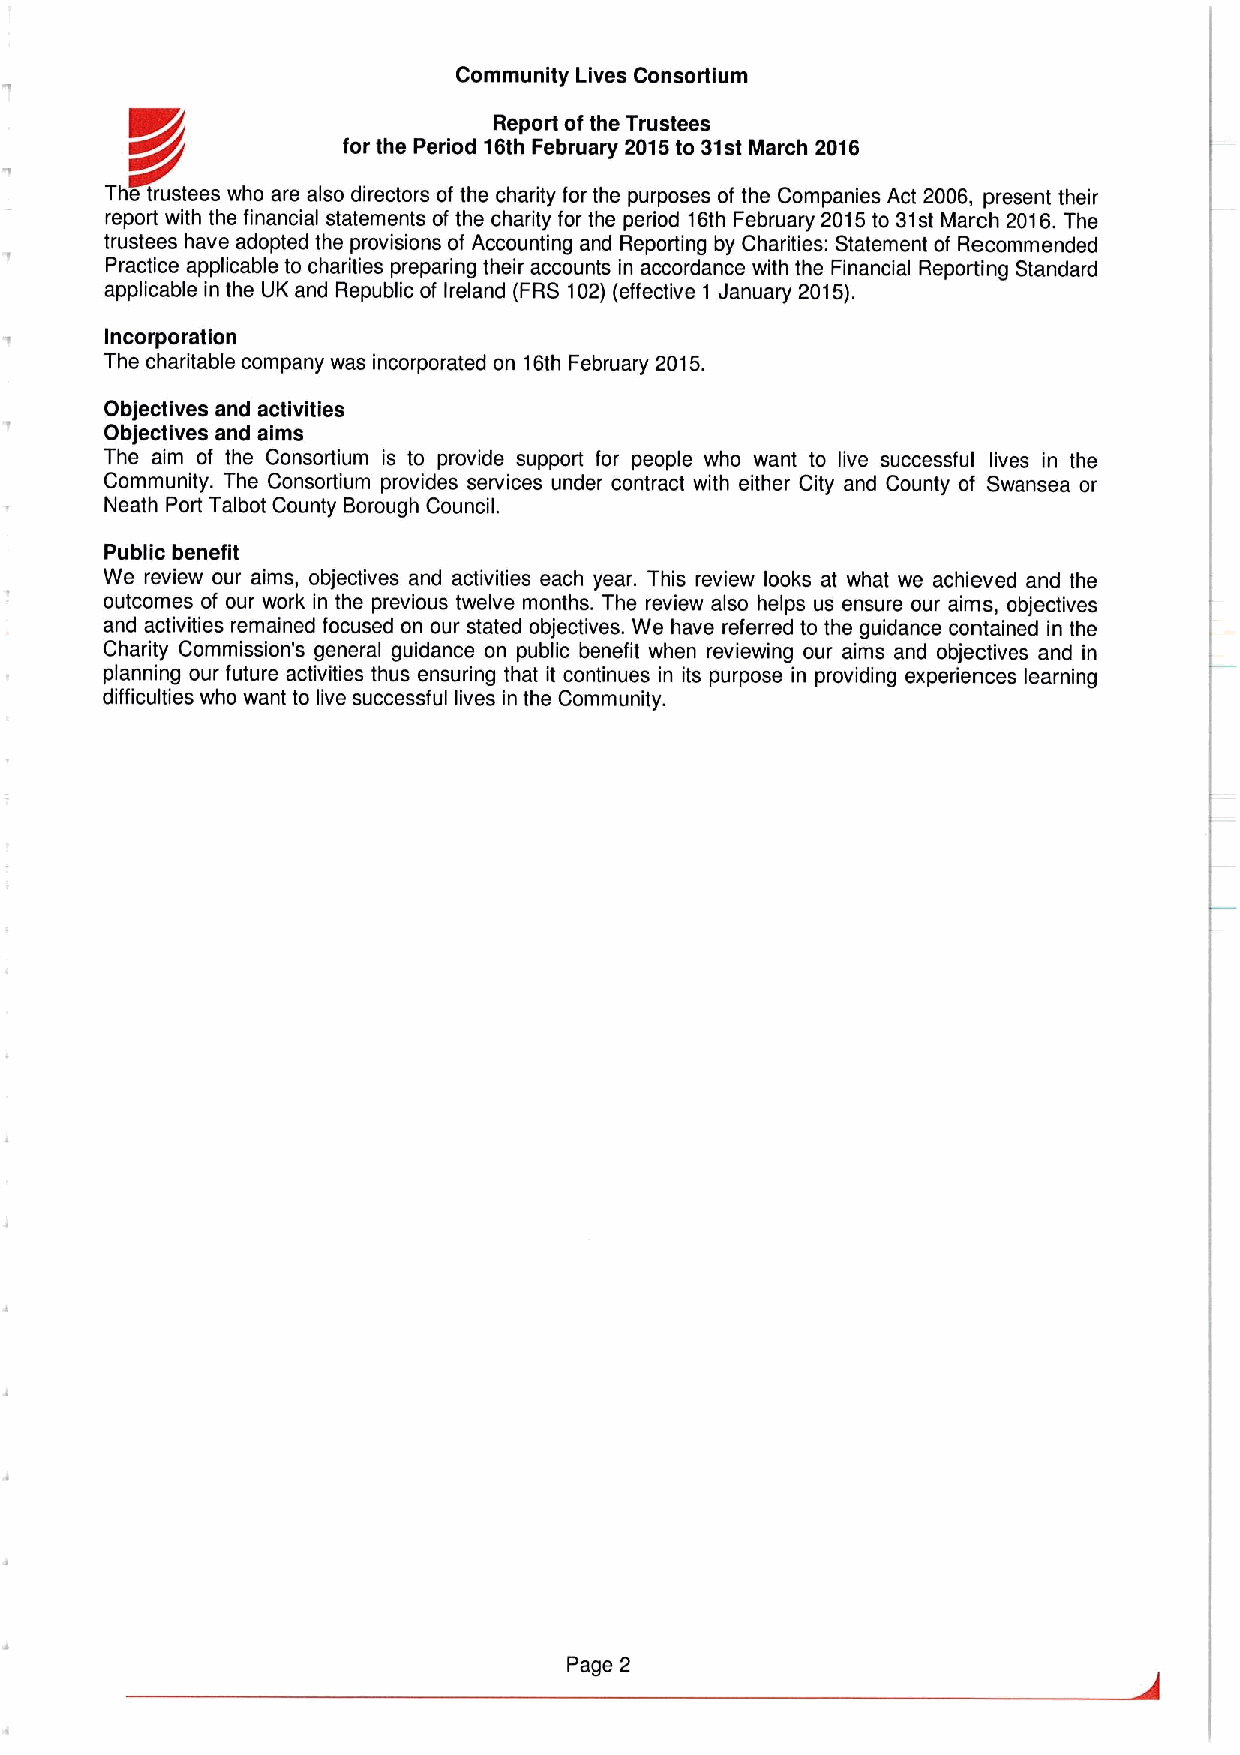
Community Lives Consortium
 Report ofthe Trustees
 g~g            for the Period 16th February 2015to 31st March 2016
 The trustees who are also directors of the charity for the purposes of the Companies Act 2006, present their
 report with the financial statements of the charity for the period 16th February 2015to 31st March 2016.The
 trustees have adopted the provisions of Accounting and Reporting by Charities: Statement of Recommended
 Practice applicable to charities preparing their accounts in accordance with the Financial Reporting Standard
 applicable in the UK and Republic of Ireland (FRS 102)(effective 1 January 2015).
 Incorporation
 The charitable company was incorporated on 16th February 2015.
 Objectives and activities
 Objectives and aims
 The aim of the Consortium is to provide support for people who want to live successful lives in the
 Community. The Consortium provides services under contract with either City and County of Swansea or
 Neath Port Talbot County Borough Council.
 Public benefit
 We review our aims, objectives and activities each year. This review looks at what we achieved and the
 outcomes of our work in the previous twelve months. The review also helps us ensure our aims, objectives
 and activities remained focused on our stated objectives. We have referred to the guidance contained in the
 Charity Commission's general guidance on public benefit when reviewing our aims and objectives and in
 planning our future activities thus ensuring that it continues in its purpose in providing experiences learning
 difficulties who want to live successful lives in the Community.
 Page 2